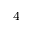
^ 4